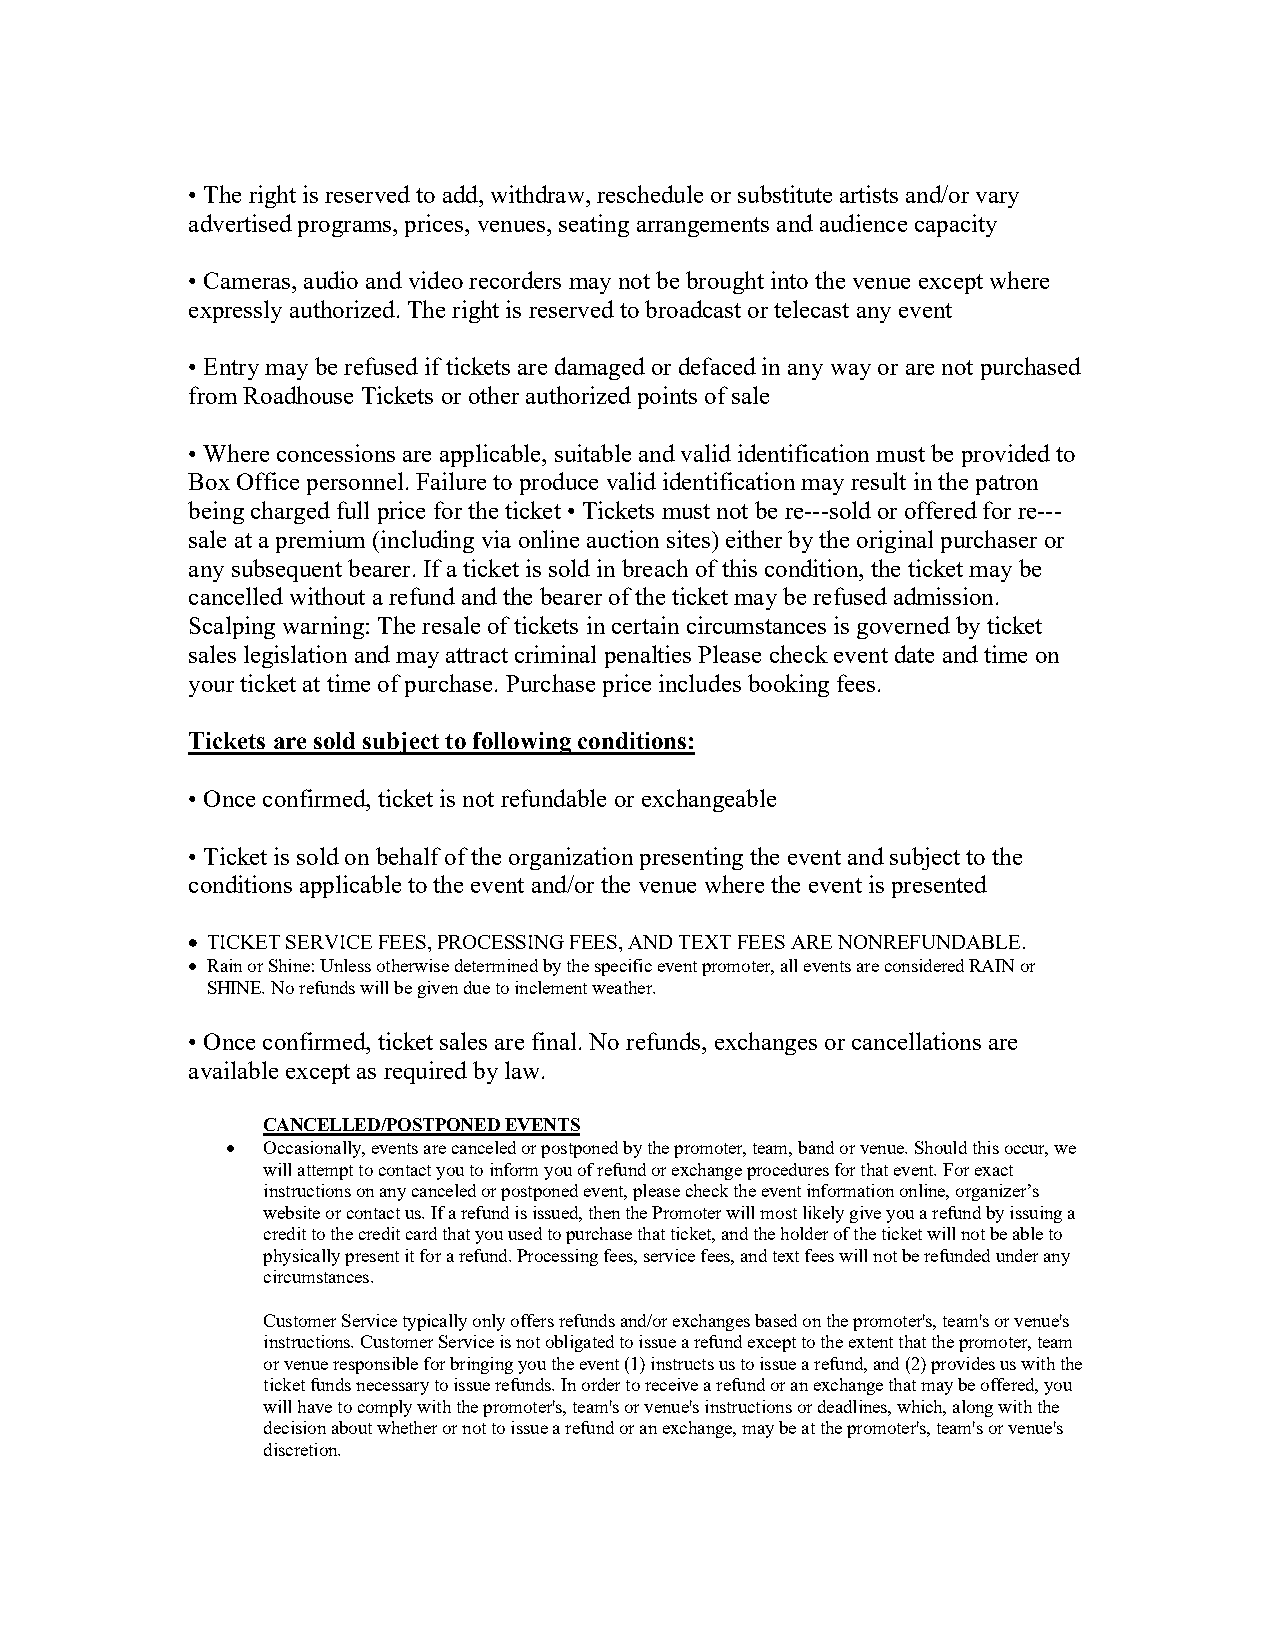
• The right is reserved to add, withdraw, reschedule or substitute artists and/or vary
 advertised programs, prices, venues, seating arrangements and audience capacity
 • Cameras, audio and video recorders may not be brought into the venue except where
 expressly authorized. The right is reserved to broadcast or telecast any event
 • Entry may be refused if tickets are damaged or defaced in any way or are not purchased
 from Roadhouse Tickets or other authorized points of sale
 • Where concessions are applicable, suitable and valid identification must be provided to
 Box Office personnel. Failure to produce valid identification may result in the patron
 being charged full price for the ticket • Tickets must not be re--‐sold or offered for re--‐
 sale at a premium (including via online auction sites) either by the original purchaser or
 any subsequent bearer. If a ticket is sold in breach of this condition, the ticket may be
 cancelled without a refund and the bearer of the ticket may be refused admission.
 Scalping warning: The resale of tickets in certain circumstances is governed by ticket
 sales legislation and may attract criminal penalties Please check event date and time on
 your ticket at time of purchase. Purchase price includes booking fees.
 Tickets are sold subject to following conditions:
 • Once confirmed, ticket is not refundable or exchangeable
 • Ticket is sold on behalf of the organization presenting the event and subject to the
 conditions applicable to the event and/or the venue where the event is presented
 • TICKET SERVICE FEES, PROCESSING FEES, AND TEXT FEES ARE NONREFUNDABLE.
 • Rain or Shine: Unless otherwise determined by the specific event promoter, all events are considered RAIN or
 SHINE. No refunds will be given due to inclement weather.
 • Once confirmed, ticket sales are final. No refunds, exchanges or cancellations are
 available except as required by law.
 CANCELLED/POSTPONED EVENTS
 • Occasionally, events are canceled or postponed by the promoter, team, band or venue. Should this occur, we
 will attempt to contact you to inform you of refund or exchange procedures for that event. For exact
 instructions on any canceled or postponed event, please check the event information online, organizer’s
 website or contact us. If a refund is issued, then the Promoter will most likely give you a refund by issuing a
 credit to the credit card that you used to purchase that ticket, and the holder of the ticket will not be able to
 physically present it for a refund. Processing fees, service fees, and text fees will not be refunded under any
 circumstances.
 Customer Service typically only offers refunds and/or exchanges based on the promoter's, team's or venue's
 instructions. Customer Service is not obligated to issue a refund except to the extent that the promoter, team
 or venue responsible for bringing you the event (1) instructs us to issue a refund, and (2) provides us with the
 ticket funds necessary to issue refunds. In order to receive a refund or an exchange that may be offered, you
 will have to comply with the promoter's, team's or venue's instructions or deadlines, which, along with the
 decision about whether or not to issue a refund or an exchange, may be at the promoter's, team's or venue's
 discretion.